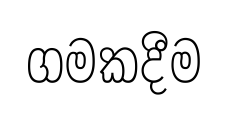
ගමකදීම